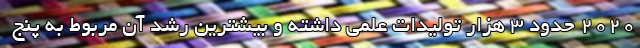
۲۰۲۰ حدود ۳ هزار تولیدات علمی داشته و بیشترین رشد آن مربوط به پنج